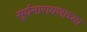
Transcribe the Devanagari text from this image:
सूर्यनारायणाच्या